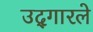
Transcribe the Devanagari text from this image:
उद्‍गारले